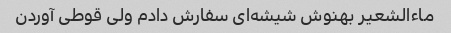
ماءالشعیر بهنوش شیشه‌ای سفارش دادم ولی قوطی آوردن